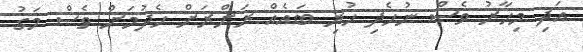
އަދި މިހާރު ވެސް ނުހެދި ހުރި ބައެއް ރަށްރަށް ހެދުމަށް ވެސް މަގު